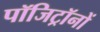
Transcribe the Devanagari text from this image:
पॉजिट्रॉनों